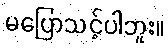
မပြောသင့်ပါဘူး။